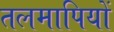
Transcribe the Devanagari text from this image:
तलमापियों